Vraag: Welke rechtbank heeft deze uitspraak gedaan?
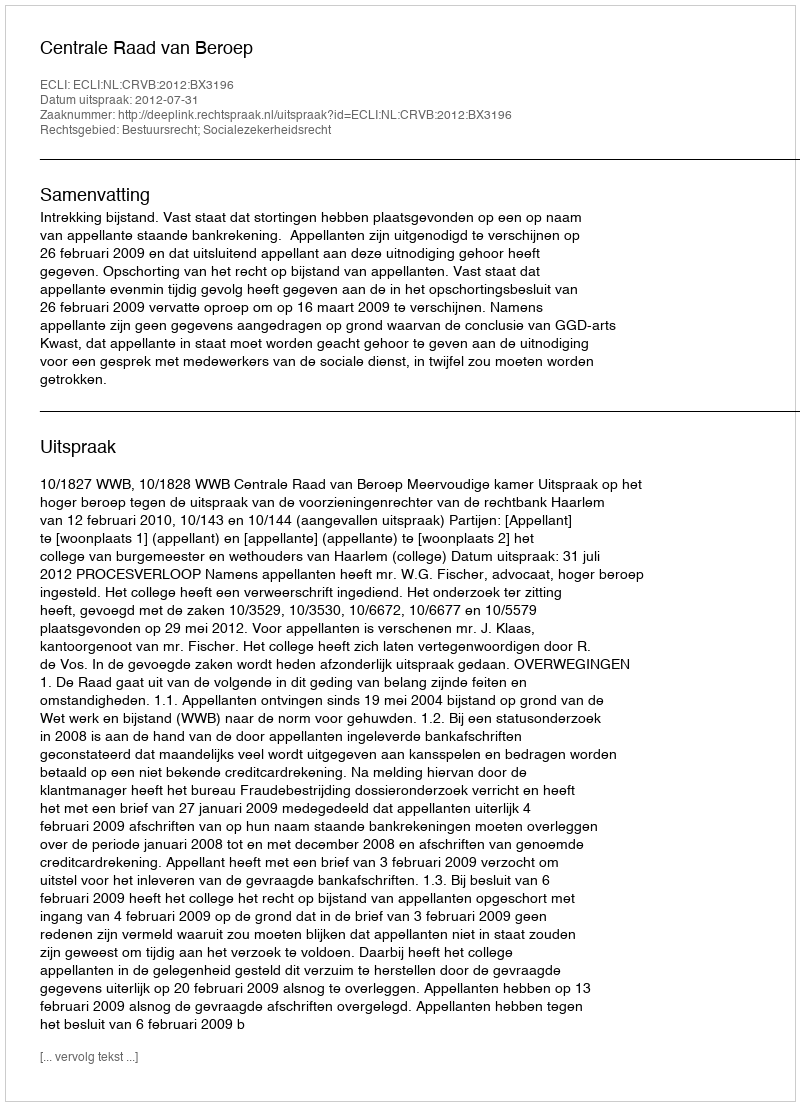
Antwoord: Centrale Raad van Beroep